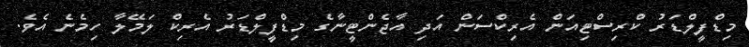
މިޑްފީލްޑަރު ކްރިސްޓިއަން އެރިކްސަން އަދި އާޖެންޓީނާގެ މިޑްފީލްޑަރު އެރިކް ލަމޭލާ ހިމެނެ އެވެ.